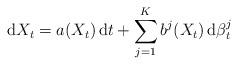
LaTeX: \begin{align*}\mathrm{d}X_t = a(X_t) \, \mathrm{d}t + \sum_{j=1}^K b^j(X_t)\, \mathrm{d} \beta_t^j\end{align*}